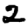
Digit: 2